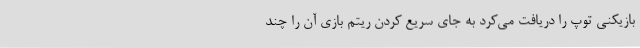
بازیکنی توپ را دریافت می‌کرد به جای سریع کردن ریتم بازی آن را چند